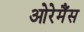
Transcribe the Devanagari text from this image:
ओरेमैंस